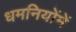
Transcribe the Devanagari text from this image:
धमनियोंमें